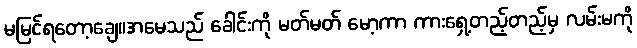
မမြင်ရတော့ချေ။အမေသည် ခေါင်းကို မတ်မတ် မော့ကာ ကားရှေ့တည့်တည့်မှ လမ်းမကို